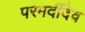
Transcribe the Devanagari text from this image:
परमर्दीदेव